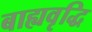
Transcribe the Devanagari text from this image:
बाह्यवृद्धि